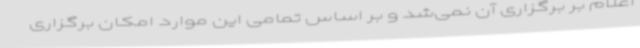
اعلام بر برگزاری آن نمی‌شد و بر اساس تمامی این موارد امکان برگزاری